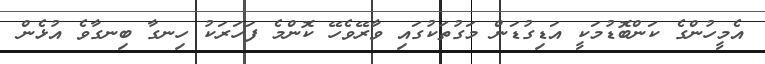
އެމީހުންގެ ކަންބޮޑުމަކީ އަޑިގުޑަން މަގުތަކުގައި ވާރޭވެހޭ ކޮންމެ ފަހަރަކު ހިނގާ ބިނގާވެ އުޅެން